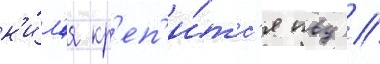
к'и́л'я кр'еп'и́тс'я пвд //